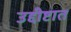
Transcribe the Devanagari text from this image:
उद्दीष्टात